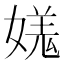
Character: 𡠎